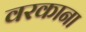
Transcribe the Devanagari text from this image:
वरकाना